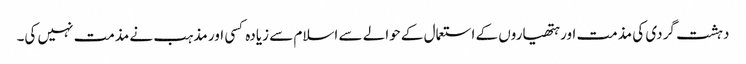
دہشت گردی کی مذمت اور ہتھیاروں کے استعمال کے حوالے سے اسلام سے زیادہ کسی اور مذہب نے مذمت نہیں کی۔